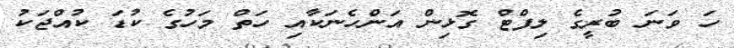
ހަ ވަނަ ބުރީގެ ލިފްޓް ގޮޅިން އަންހެނަކާއި ހަތް މަހުގެ ކުޑަ ކުއްޖަކު